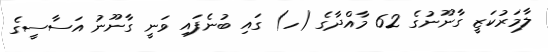
ލާމަރުކަޒީ ގާނޫނުގެ 62 މާއްދާގެ (ހ) ގައި ބުނެފައި ވަނީ ގާނޫނު އަސާސީގެ